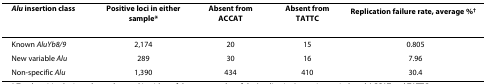
<table><thead><tr><td><b><i>Alu </i>insertion class</b></td><td><b>Positive loci in either sample*</b></td><td><b>Absent from ACCAT</b></td><td><b>Absent from TATTC</b></td><td><b>Replication failure rate, average %<sup>†</sup></b></td></tr></thead><tbody><tr><td>Known <i>AluYb8/9</i></td><td>2,174</td><td>20</td><td>15</td><td>0.805</td></tr><tr><td>New variable <i>Alu</i></td><td>289</td><td>30</td><td>16</td><td>7.96</td></tr><tr><td>Non-specific <i>Alu</i></td><td>1,390</td><td>434</td><td>410</td><td>30.4</td></tr></tbody></table>